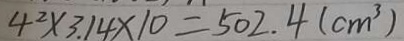
4 ^ { 2 } \times 3 . 1 4 \times 1 0 = 5 0 2 . 4 ( c m ^ { 3 } )